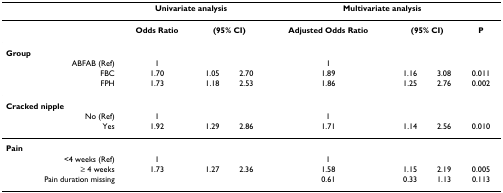
<table><thead><tr><td></td><td colspan="3"><b>Univariate analysis</b></td><td colspan="4"><b>Multivariate analysis</b></td></tr></thead><tbody><tr><td></td><td><b>Odds Ratio</b></td><td colspan="2"><b>(95% CI)</b></td><td><b>Adjusted Odds Ratio</b></td><td colspan="2"><b>(95% CI)</b></td><td><b>P</b></td></tr><tr><td><b>Group</b></td><td></td><td></td><td></td><td></td><td></td><td></td><td></td></tr><tr><td>ABFAB (Ref)</td><td>1</td><td></td><td></td><td>1</td><td></td><td></td><td></td></tr><tr><td>FBC</td><td>1.70</td><td>1.05</td><td>2.70</td><td>1.89</td><td>1.16</td><td>3.08</td><td>0.011</td></tr><tr><td>FPH</td><td>1.73</td><td>1.18</td><td>2.53</td><td>1.86</td><td>1.25</td><td>2.76</td><td>0.002</td></tr><tr><td><b>Cracked nipple</b></td><td></td><td></td><td></td><td></td><td></td><td></td><td></td></tr><tr><td>No (Ref)</td><td>1</td><td></td><td></td><td>1</td><td></td><td></td><td></td></tr><tr><td>Yes</td><td>1.92</td><td>1.29</td><td>2.86</td><td>1.71</td><td>1.14</td><td>2.56</td><td>0.010</td></tr><tr><td><b>Pain</b></td><td></td><td></td><td></td><td></td><td></td><td></td><td></td></tr><tr><td>&lt;4 weeks (Ref)</td><td>1</td><td></td><td></td><td>1</td><td></td><td></td><td></td></tr><tr><td>≥ 4 weeks</td><td>1.73</td><td>1.27</td><td>2.36</td><td>1.58</td><td>1.15</td><td>2.19</td><td>0.005</td></tr><tr><td>Pain duration missing</td><td></td><td></td><td></td><td>0.61</td><td>0.33</td><td>1.13</td><td>0.113</td></tr></tbody></table>